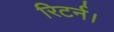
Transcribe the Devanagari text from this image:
रिटर्न।